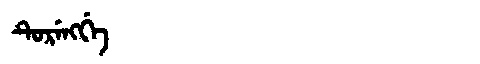
Manchu: ᡨᡠᡵᡝᠩᡤᡝ
Romanization: TURENGGE